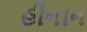
હીનાન